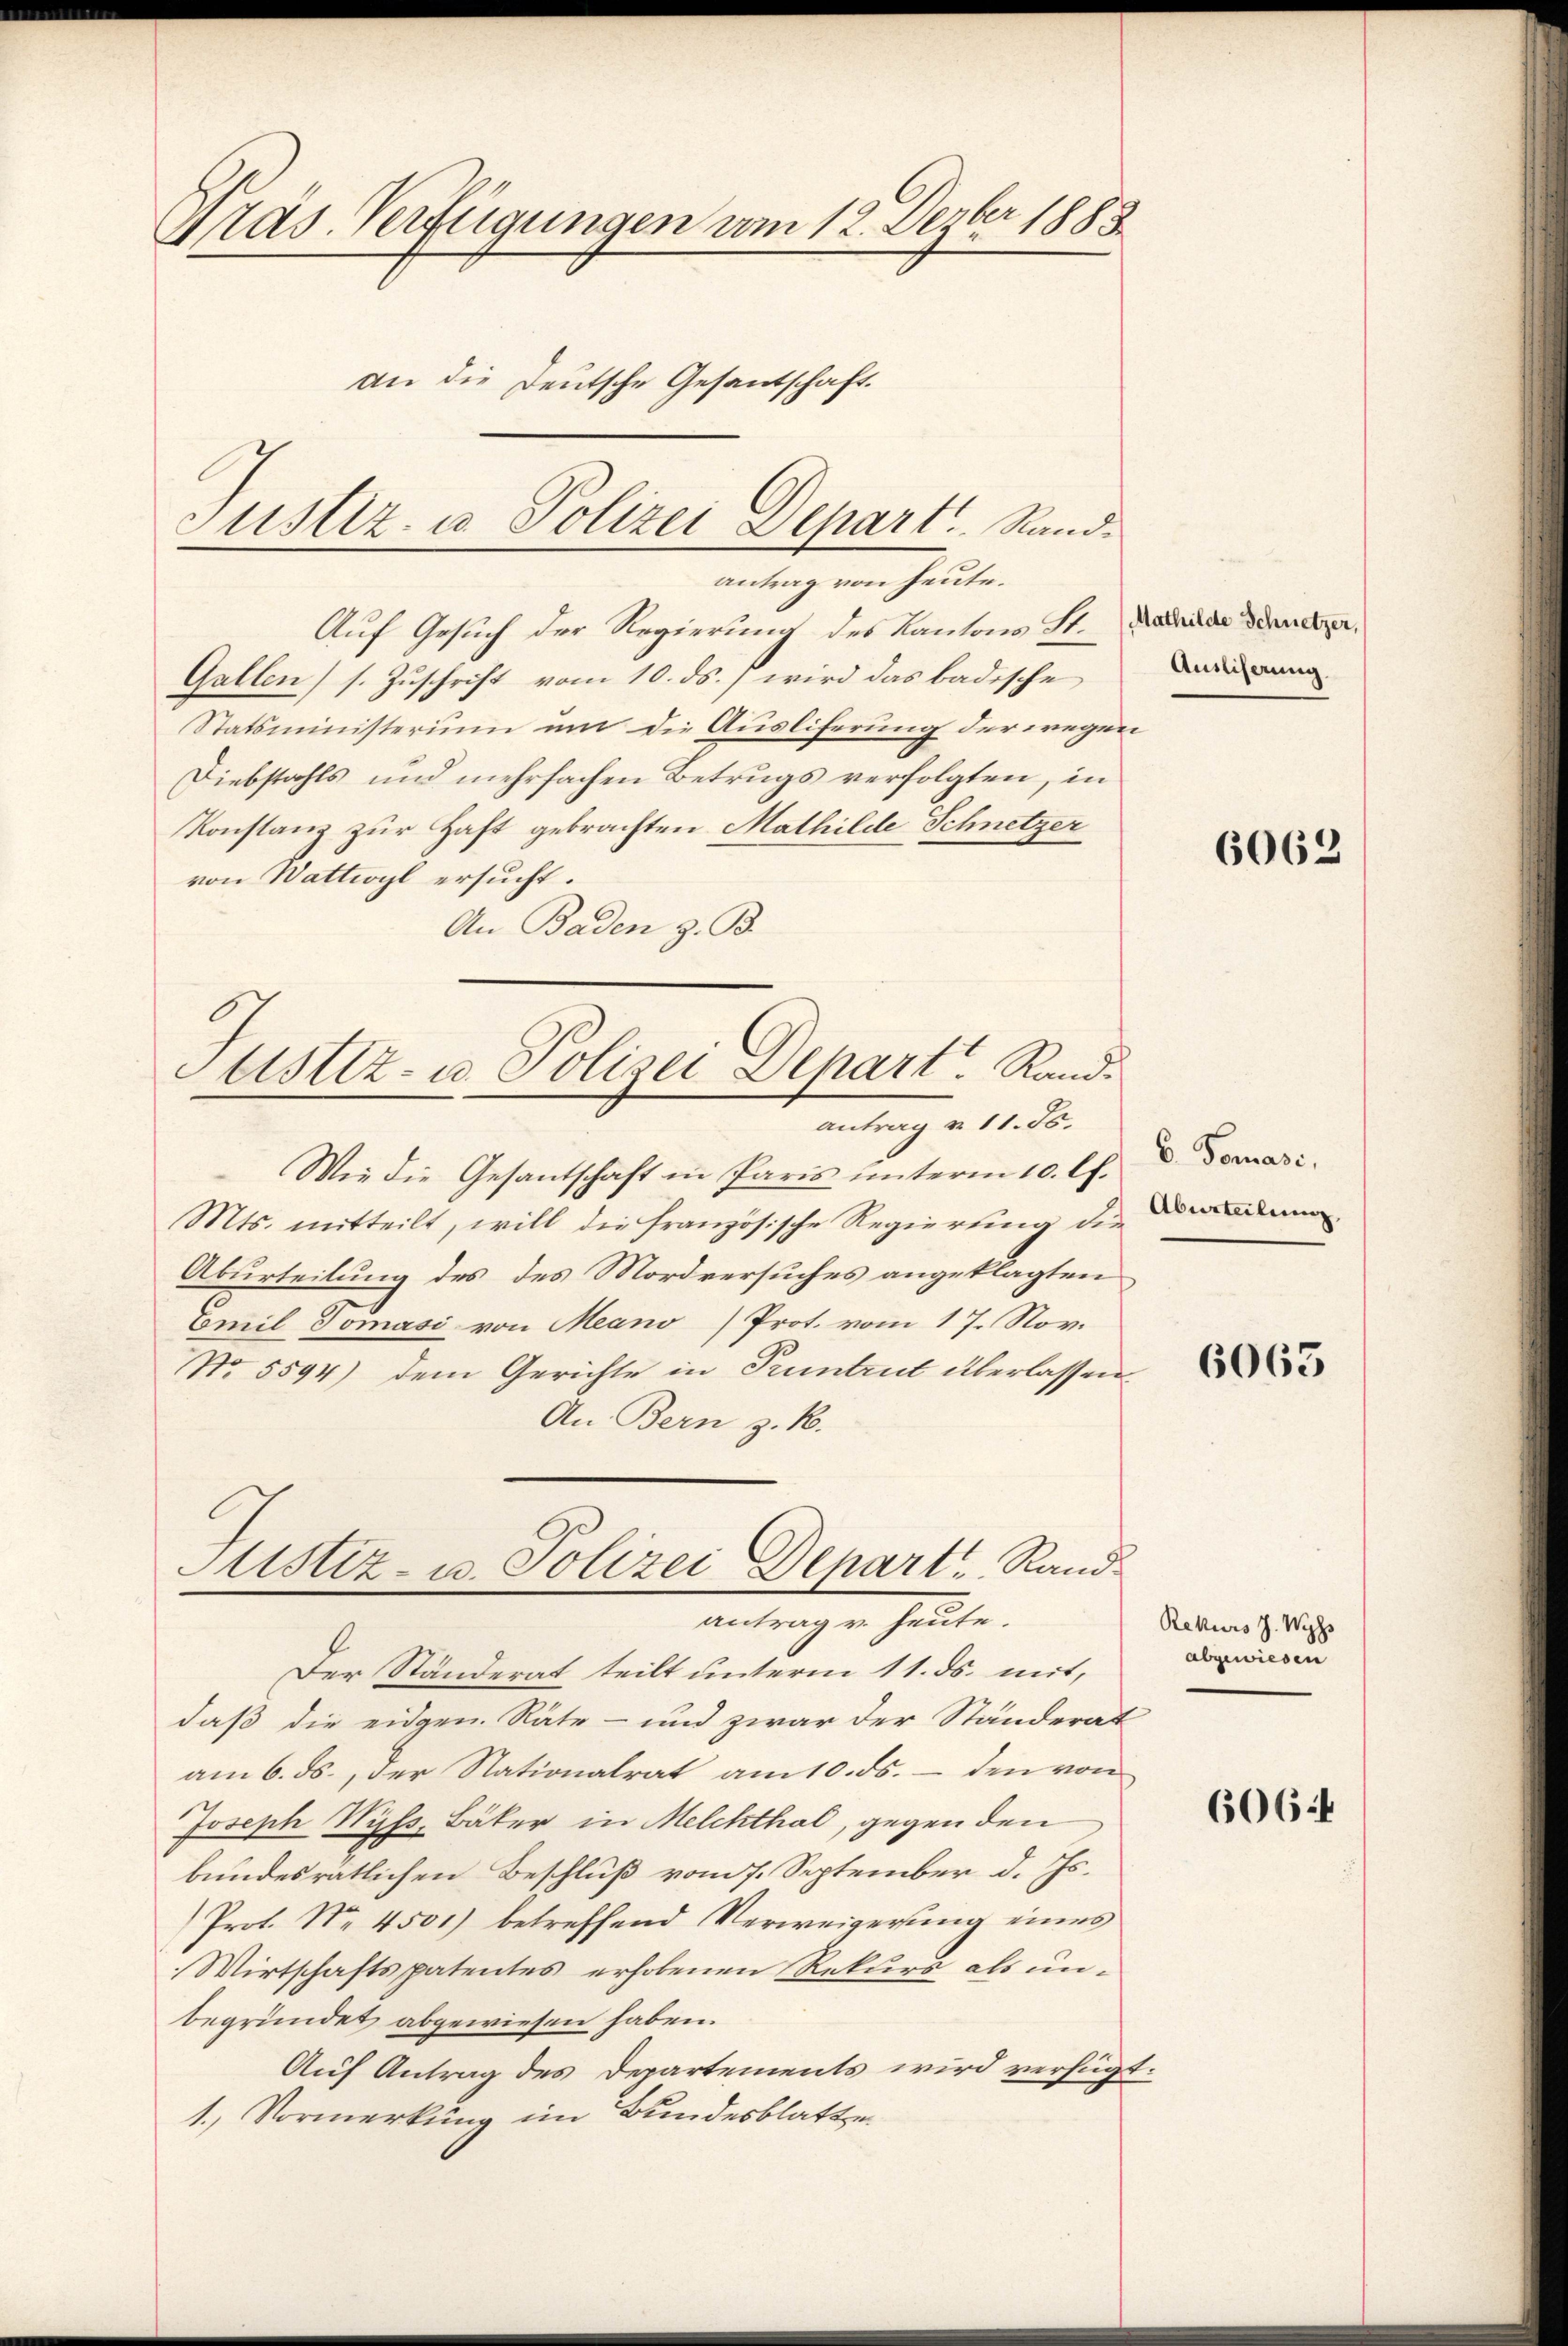
Präs. Verfügungen vom 12. Dezbr 1888
an die Deutsche Gesantschaft.

Auf Gesuch der Regierung des Kantons St. Da d
Gallen) s. Zuschrift vom 10. ds. wird das badische
Statsministerium um die Ausliferung der wegen
Diebstahls und mehrfachen Betrugs verfolgten, in
Konstanz zur Haft gebrachten Mathilde Schnetzer
von Wattwyl ersucht.
An Baden z. B.

Justiz- u Polizei Depart. Sandantrag von heute.

Justiz- u. Polizei Depart. Randantrag u. 11. Js.

Wie die Gesantschaft in Paris unterm 10. lt.
Mts. mitteilt, will die französische Regierung die
Aburteilung des des Mordversuches angeklagten
Emil Domasi von Meano) Prot. vom 17. Nov.
No 5594) dem Gerichte in Pruntrut überlassen.
An Bern z. B.
daß die eidgen. Räte - und zwar der Ständerat
am 6. ds., der Nationalrat am 10. ds. - den von
Joseph Wyss, Bäker in Melchthal, gegen den
bundesratlichen Beschluß vom 7. September d. Js.
Prot. Nr. 4501) betreffend Verweigerung eines
Wirtschaftspatentes erhobenen Rekurs als unbegründet abgewiesen haben.
Auf Antrag des Departements wird verfügt
1.) Vormerkung im Bundesblatte¬

Sistiz- u. Polizei Depart Rand
antrag v. heute.
Der Ständerat teilt unterm 11. ds. mit,

Ausliserung

6062

6. Tomase,
Aburteilung

6063

Rekurs J. Wyss
abgewiesen

6064